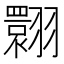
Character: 翾